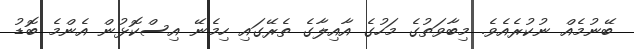
ބޭނުމެއް ނުކުރެއެވެ. މިބާވަތުގެ މަހުގެ އާއިލާގެ ތެރޭގައި ހިމެނޭ އިސްކޮޅުން އެންމެ ބޮޑު